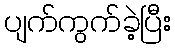
ပျက်ကွက်ခဲ့ပြီး